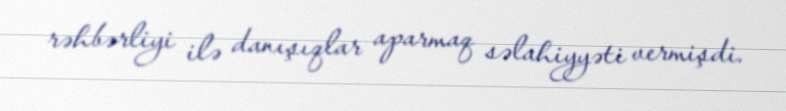
rəhbərliyi ilə danışıqlar aparmaq səlahiyyəti vermişdi.